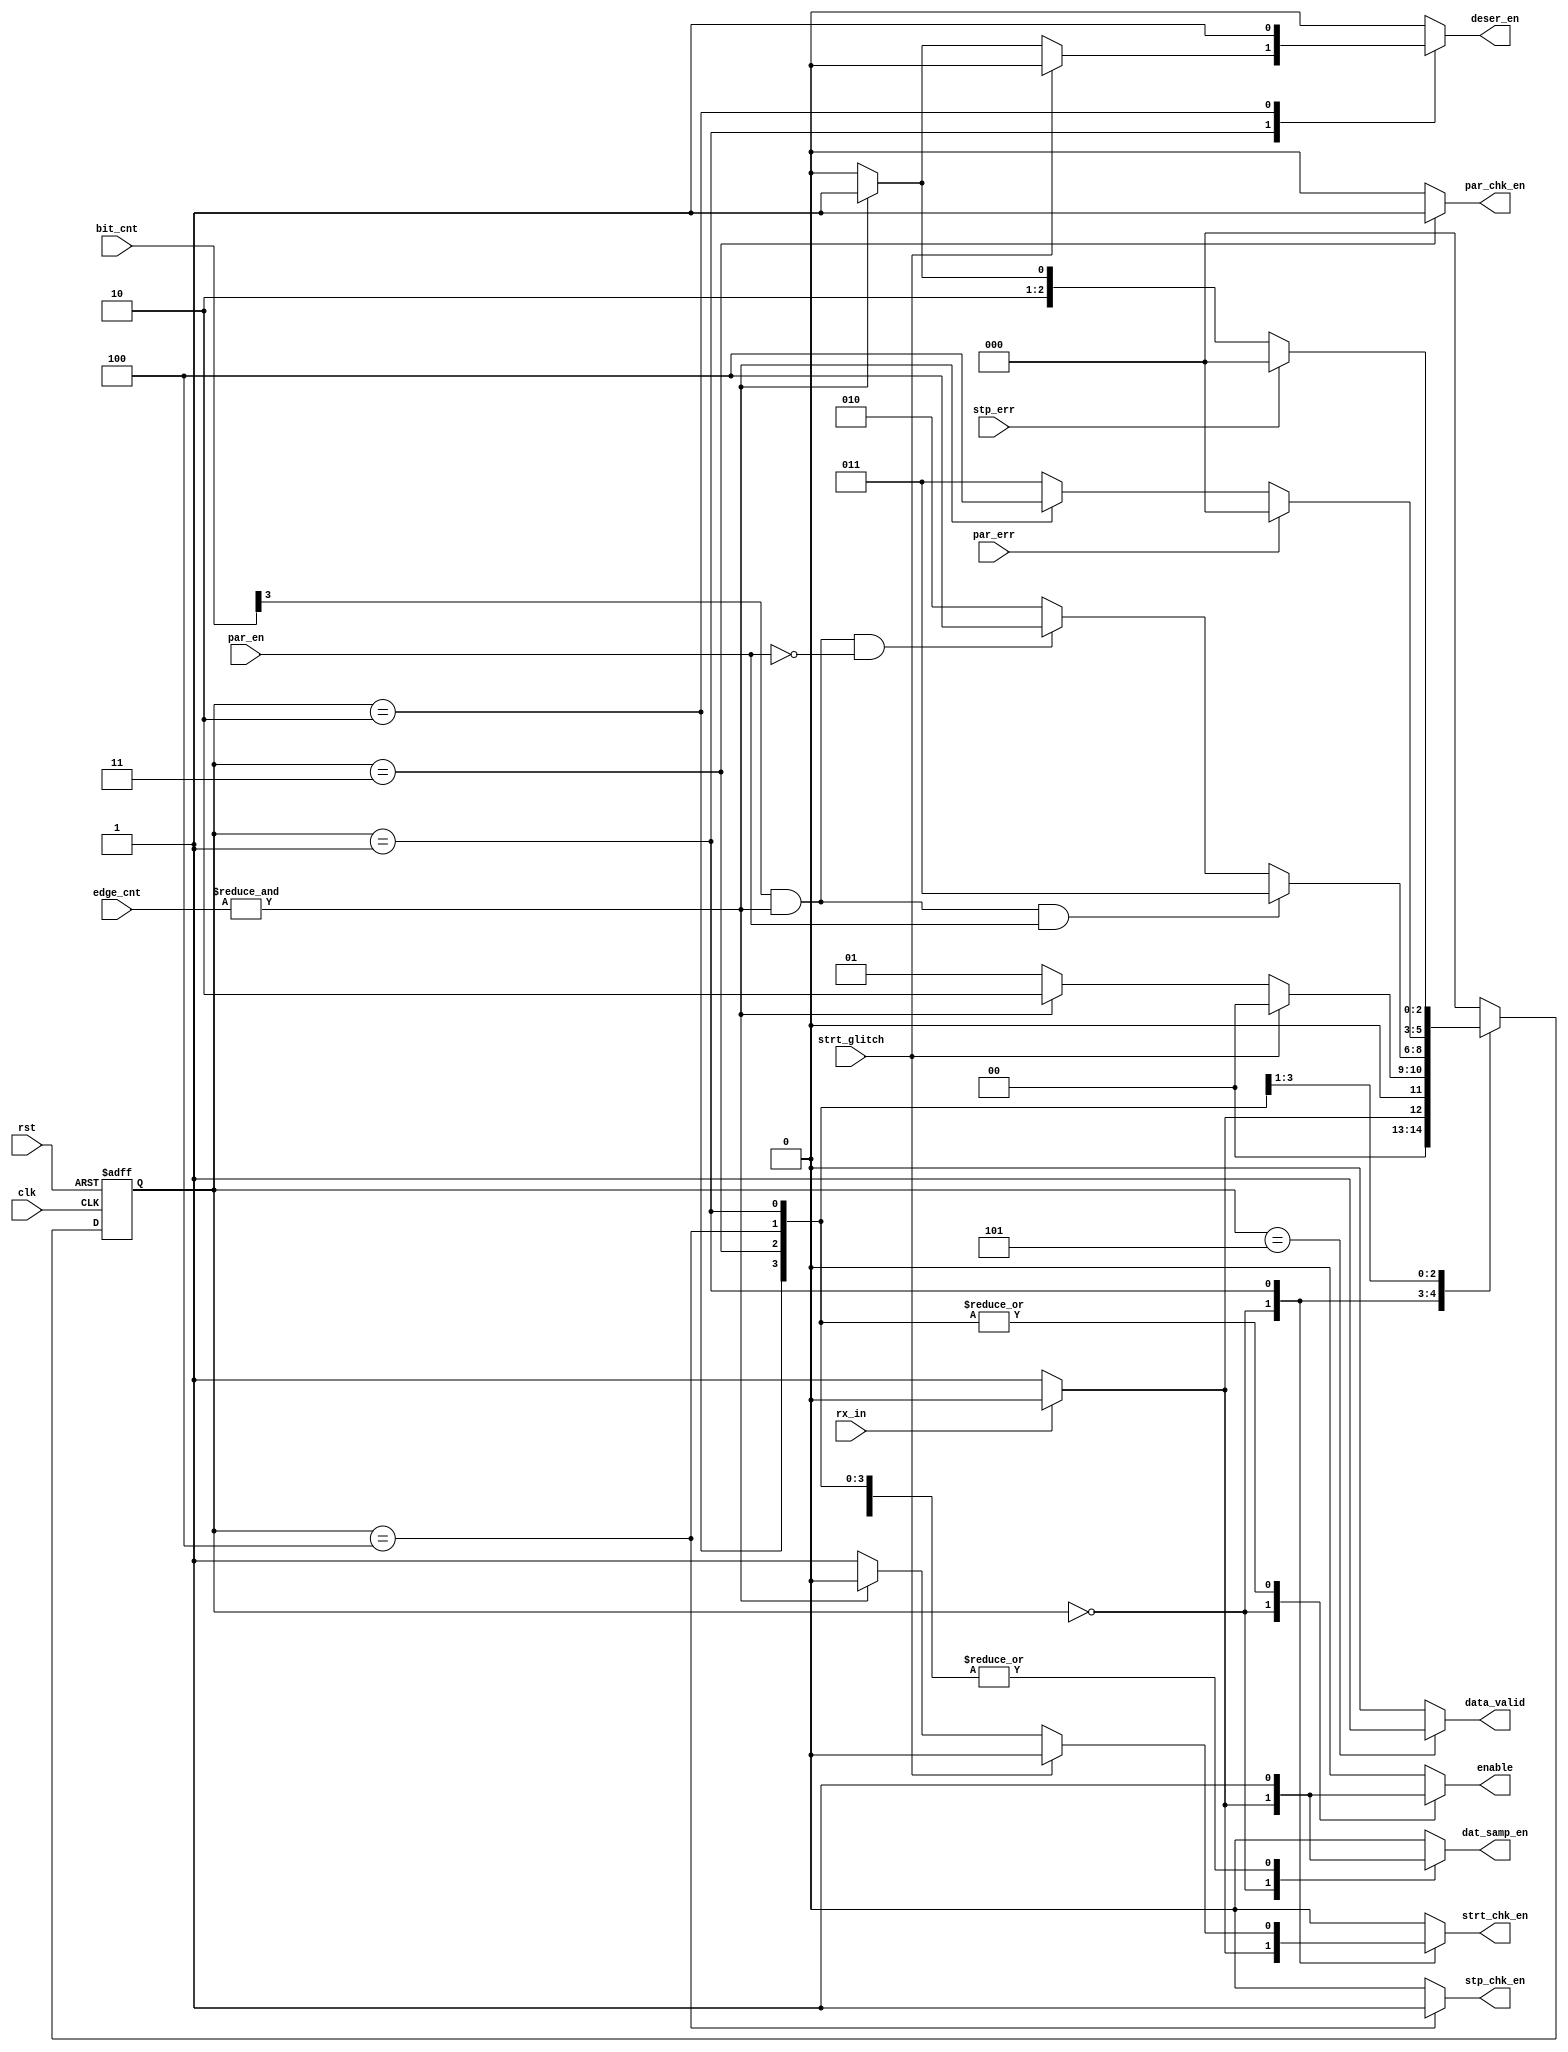
module FSM (
input wire              clk ,
input wire              rst,
input wire              par_en, // it differ to the block and it will handle type
input wire              rx_in,
input wire  [3:0]       bit_cnt ,
input wire  [2:0]       edge_cnt,
input wire              par_err,
input wire              strt_glitch,
input wire              stp_err,

output reg              par_chk_en,
output reg              strt_chk_en,
output reg              stp_chk_en,
output reg              data_valid,
output reg              deser_en,
output reg              enable,
output reg              dat_samp_en
);

//internal signals
reg      [2:0]          current_state,
                        next_state ;
wire                    last_cycle ;


localparam  [2:0]   IDLE = 3'b000 ,
                    STRT = 3'b001 ,
                    DATA  = 3'b010 ,
                    PRTY  = 3'b011 ,
                    STOP  = 3'b100 ,
                    VALD  = 3'b101 ;        

// RTL

//state transition
always @(posedge clk or negedge rst) begin
    if (!rst) begin
        current_state <= IDLE ;
    end else begin
        current_state <= next_state ;
    end
end

// next state logic
always @(*) begin
case (current_state)
    IDLE   :begin
        dat_samp_en = 0 ;
        deser_en    = 0 ;
        par_chk_en  = 0 ;
        stp_chk_en  = 0 ;
        data_valid  = 0 ;
        if (!rx_in ) begin
            next_state  = STRT ;
            enable      = 1 ;
            strt_chk_en = 1 ;
            dat_samp_en = 1 ;
        end else begin
            next_state  = IDLE ;
            enable      = 0 ;
            strt_chk_en = 0 ;
            dat_samp_en = 0 ;
        end
    end 
    STRT   :begin
        dat_samp_en = 1 ;
        enable      = 1 ;
        par_chk_en  = 0 ;
        stp_chk_en  = 0 ;
        data_valid  = 0 ;

        if (strt_glitch) begin
            next_state = IDLE ;
            strt_chk_en = 0 ;
            deser_en    = 0 ;
        end else if (last_cycle) begin
            next_state = DATA ;
            strt_chk_en = 0 ;
            deser_en    = 1 ;
        end else begin
            next_state = STRT ;
            strt_chk_en = 1 ;
            deser_en    = 0 ;
        end 
    end 
    DATA   :begin
        strt_chk_en = 0 ;
        dat_samp_en = 1 ;
        enable      = 1 ;
        deser_en    = 1 ;
        par_chk_en  = 0 ;
        stp_chk_en  = 0 ;
        data_valid  = 0 ;
        if ( bit_cnt [3] && last_cycle && par_en) begin//when it's just be 8( 1 000 )leave
            next_state = PRTY ;
        end else if (bit_cnt [3] && last_cycle && !par_en) begin
            next_state = STOP ;
        end else begin
            next_state = DATA ;
        end 
    end 
    PRTY   :begin
        strt_chk_en = 0 ;
        dat_samp_en = 1 ;
        enable      = 1 ;
        deser_en    = 0 ;
        par_chk_en  = 1 ;
        stp_chk_en  = 0 ;
        data_valid  = 0 ;
        if (par_err) begin
            next_state = IDLE ;
        end else if (last_cycle) begin
            next_state = STOP ;
        end else begin
            next_state = PRTY ;
        end 
    end 
    STOP   :begin
        strt_chk_en = 0 ;
        dat_samp_en = 1 ;
        enable      = 1 ;
        deser_en    = 0 ;
        par_chk_en  = 0 ;
        stp_chk_en  = 1 ;
        data_valid  = 0 ;
        if (stp_err) begin
            next_state = IDLE ;
        end else if (last_cycle) begin
            next_state = VALD ;
        end else begin
            next_state = STOP ;
        end 
    end
    VALD   :begin
        strt_chk_en = 0 ;
        dat_samp_en = 1 ;
        enable      = 0 ;
        deser_en    = 0 ;
        par_chk_en  = 0 ;
        stp_chk_en  = 0 ;
        data_valid  = 1 ; 
        next_state = IDLE ;
    end 
    default: begin
        strt_chk_en = 0 ;
        dat_samp_en = 0 ;
        enable      = 0 ;
        deser_en    = 0 ;
        par_chk_en  = 0 ;
        stp_chk_en  = 0 ;
        data_valid  = 0 ; 
        next_state = IDLE ;
    end
endcase
end

assign last_cycle = (& edge_cnt) ; //instead of make it the mux of each state 

endmodule



/* module FSM (
input wire              clk ,
input wire              rst,
input wire              par_en, // it differ to the block and it will handle type
input wire              rx_in,
input wire  [3:0]       bit_cnt ,
input wire  [2:0]       edge_cnt,
input wire              par_err,
input wire              strt_glitch,
input wire              stp_err,

output reg              par_chk_en,
output reg              strt_chk_en,
output reg              stp_chk_en,
output reg              data_valid,
output reg              deser_en,
output reg              enable,
output reg              dat_samp_en
);

//internal signals
reg      [2:0]          current_state,
                        next_state ;
wire                    last_cycle ;


localparam  [2:0]   IDLE = 3'b000 ,
                    STRT = 3'b001 ,
                    DATA  = 3'b010 ,
                    PRTY  = 3'b011 ,
                    STOP  = 3'b100 ,
                    VALD  = 3'b101 ;        

// RTL

//state transition
always @(posedge clk or negedge rst) begin
    if (!rst) begin
        current_state <= IDLE ;
    end else begin
        current_state <= next_state ;
    end
end

// next state logic
always @(*) begin
case (current_state)
    IDLE   :begin
        if (!rx_in ) begin
            next_state = STRT ;
        end else begin
            next_state = IDLE ;
        end
    end 
    STRT   :begin
        if (strt_glitch) begin
            next_state = IDLE ;
        end else if (last_cycle) begin
            next_state = DATA ;
        end else begin
            next_state = STRT ;
        end 
    end 
    DATA   :begin
        if ( bit_cnt [3] && last_cycle && par_en) begin//when it's just be 8( 1 000 )leave
            next_state = PRTY ;
        end else if (bit_cnt [3] && last_cycle && !par_en) begin
            next_state = STOP ;
        end else begin
            next_state = DATA ;
        end 
    end 
    PRTY   :begin
        if (par_err) begin
            next_state = IDLE ;
        end else if (last_cycle) begin
            next_state = STOP ;
        end else begin
            next_state = PRTY ;
        end 
    end 
    STOP   :begin
        if (stp_err) begin
            next_state = IDLE ;
        end else if (last_cycle) begin
            next_state = VALD ;
        end else begin
            next_state = STOP ;
        end 
    end
    VALD   :begin
        next_state = IDLE ;
    end 
    default:  next_state = IDLE ;
endcase
end

// output control in each state ////// moore as output 
always @(*) begin
case (current_state)
    IDLE   :begin
        strt_chk_en = 0 ;
        dat_samp_en = 0 ;
        enable      = 0 ;
        deser_en    = 0 ;
        par_chk_en  = 0 ;
        stp_chk_en  = 0 ;
        data_valid  = 0 ;
    end 
    STRT   :begin
        strt_chk_en = 1 ;
        dat_samp_en = 1 ;
        enable      = 1 ;
        deser_en    = 0 ;
        par_chk_en  = 0 ;
        stp_chk_en  = 0 ;
        data_valid  = 0 ;
    end 
    DATA   :begin
        strt_chk_en = 0 ;
        dat_samp_en = 1 ;
        enable      = 1 ;
        deser_en    = 1 ;
        par_chk_en  = 0 ;
        stp_chk_en  = 0 ;
        data_valid  = 0 ;
    end 
    PRTY   :begin
        strt_chk_en = 0 ;
        dat_samp_en = 1 ;
        enable      = 1 ;
        deser_en    = 0 ;
        par_chk_en  = 1 ;
        stp_chk_en  = 0 ;
        data_valid  = 0 ; 
    end 
    STOP   :begin
        strt_chk_en = 0 ;
        dat_samp_en = 1 ;
        enable      = 1 ;
        deser_en    = 0 ;
        par_chk_en  = 0 ;
        stp_chk_en  = 1 ;
        data_valid  = 0 ; 
    end 
    VALD   :begin
        strt_chk_en = 0 ;
        dat_samp_en = 1 ;
        enable      = 0 ;
        deser_en    = 0 ;
        par_chk_en  = 0 ;
        stp_chk_en  = 0 ;
        data_valid  = 1 ; 
    end 
    default:begin
        strt_chk_en = 0 ;
        dat_samp_en = 0 ;
        enable      = 0 ;
        deser_en    = 0 ;
        par_chk_en  = 0 ;
        stp_chk_en  = 0 ;
        data_valid  = 0 ; 
    end
endcase
end

assign last_cycle = (& edge_cnt) ; //instead of make it the mux of each state 

endmodule
*/